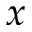
x